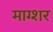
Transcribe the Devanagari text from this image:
माग्शर